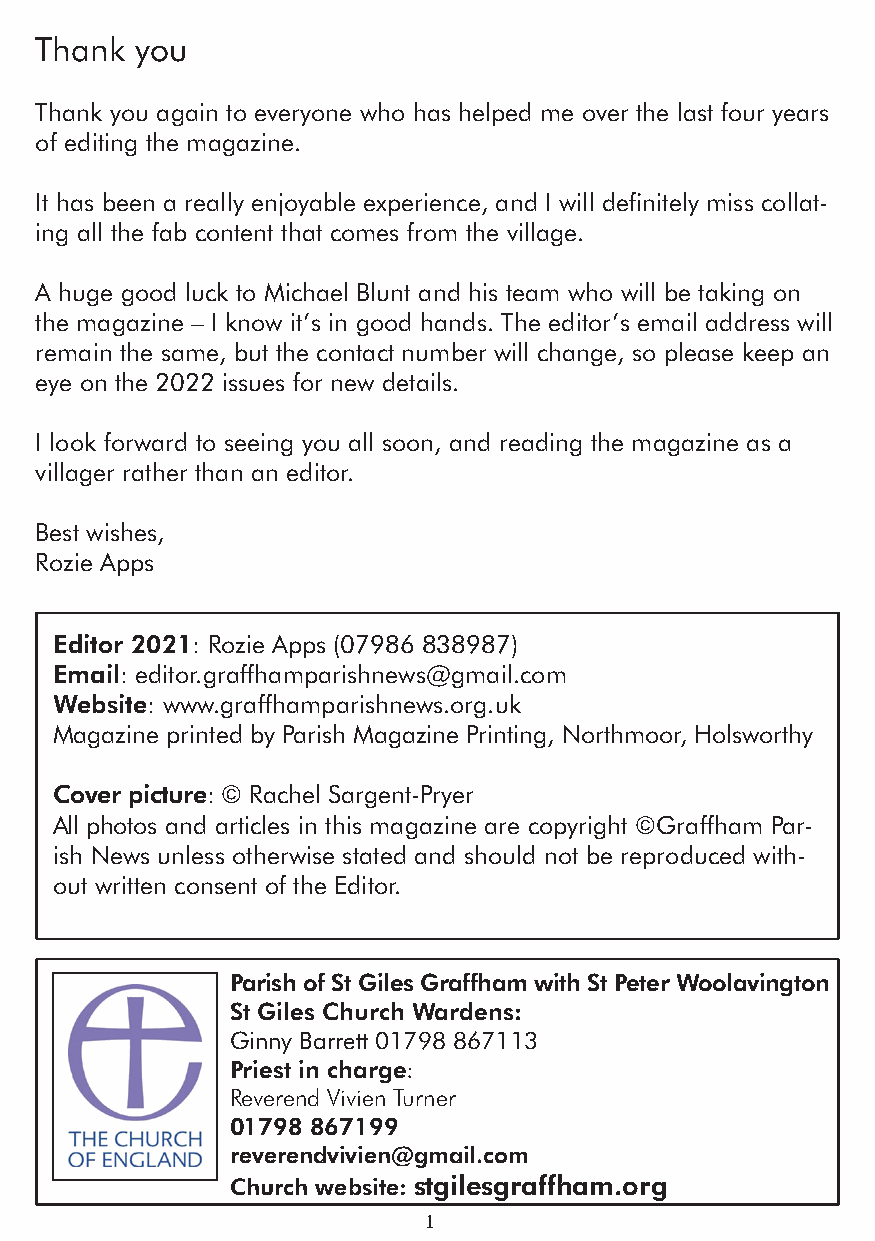
Thank  you
 Thank you again to everyone who has helped me over the last four years
 of editing the magazine.
 It has been a really enjoyable experience, and I will definitely miss collat-
 ing all the fab content that comes from the village.
 A huge good luck to Michael Blunt and his team who will be taking on
 the magazine – I know it’s in good hands. The editor’s email address will
 remain the same, but the contact number will change, so please keep an
 eye on the 2022 issues for new details.
 I look forward to seeing you all soon, and reading the magazine as a
 villager rather than an editor.
 Best wishes,
 Rozie Apps
 Editor 2021: Rozie Apps (07986 838987)
 Email: editor.graffhamparishnews@gmail.com
 Website: www.graffhamparishnews.org.uk
 Magazine printed by Parish Magazine Printing, Northmoor, Holsworthy
 Cover picture: © Rachel Sargent-Pryer
 All photos and articles in this magazine are copyright ©Graffham Par-
 ish News unless otherwise stated and should not be reproduced with-
 out written consent of the Editor.
 Parish of St Giles Graffham with St Peter Woolavington
 St Giles Church Wardens:
 Ginny Barrett 01798 867113
 Priest in charge:
 Reverend Vivien Turner
 01798 867199
 reverendvivien@gmail.com
 Church website: stgilesgraffham.org
 1